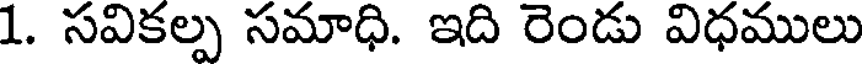
1. సవికల్ప సమాధి. ఇది రెండు విధములు